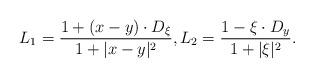
LaTeX: \begin{align*}L_1=\frac{1+(x-y)\cdot D_{\xi}}{1+|x-y|^2},L_2=\frac{1-\xi\cdot D_y}{1+|\xi|^2}.\end{align*}